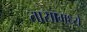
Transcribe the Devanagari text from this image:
तासामध्ये